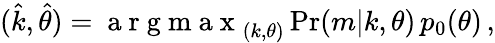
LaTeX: \begin{array}{r}{(\hat{k},\hat{\theta})=\mathrm{~a~r~g~m~a~x~}_{(k,\theta)}\operatorname*{Pr}(m|k,\theta)\, p_{0}(\theta)\, ,}\end{array}